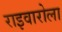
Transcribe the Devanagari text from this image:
राइवारोला